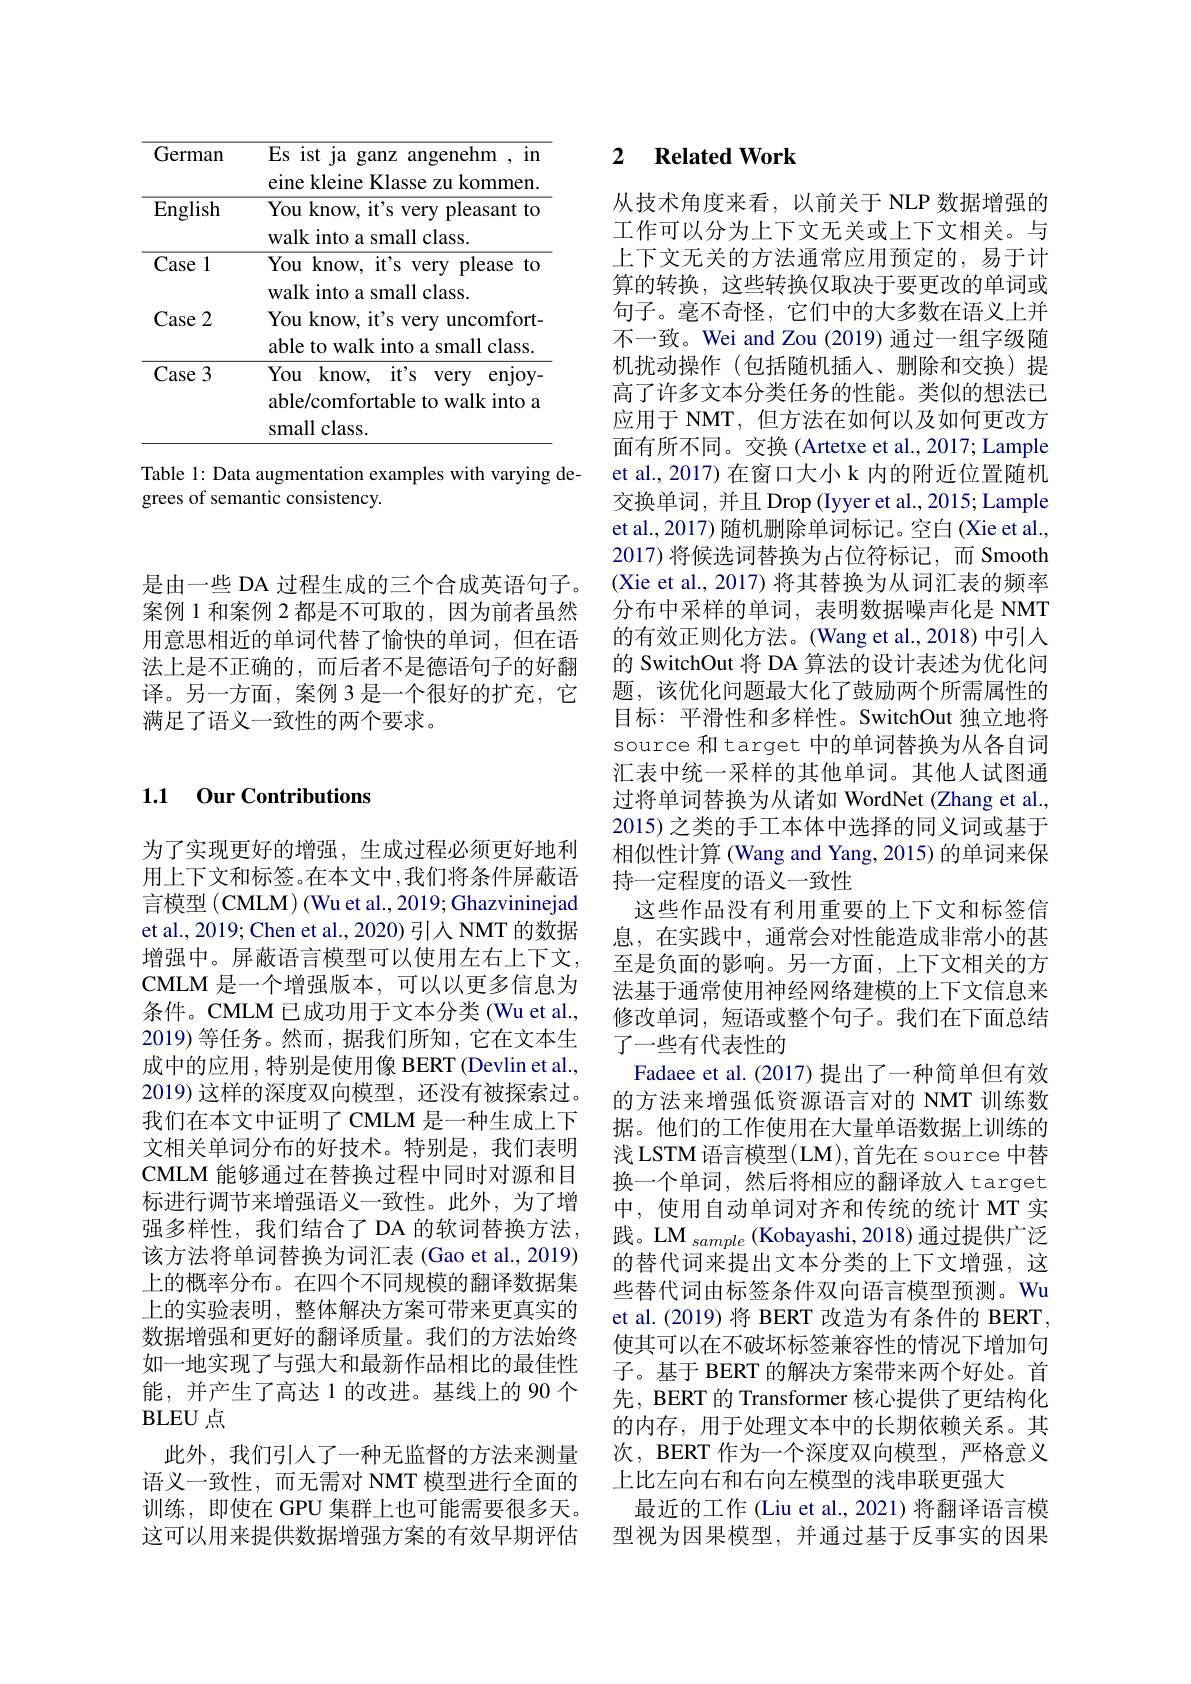
是由一些 DA 过程生成的三个合成英语句子。案例 1 和案例 2 都是不可取的，因为前者虽然用意思相近的单词代替了愉快的单词，但在语法上是不正确的，而后者不是德语句子的好翻译。另一方面，案例 3 是一个很好的扩充，它满足了语义一致性的两个要求。

## 1.1 Our Contributions

为了实现更好的增强，生成过程必须更好地利用上下文和标签。在本文中，我们将条件屏蔽语言模型 (CMLM) (Wu et al., 2019; Ghazvininejad et al., 2019; Chen et al., 2020) 引人 NMT 的数据增强中。屏蔽语言模型可以使用左右上下文， CMLM 是一个增强版本，可以以更多信息为条件。CMLM 已成功用于文本分类 (Wu et al., 2019)等任务。然而，据我们所知，它在文本生成中的应用，特别是使用像 BERT (Devlin et al., 2019) 这样的深度双向模型，还没有被探索过。我们在本文中证明了 CMLM 是一种生成上下文相关单词分布的好技术。特别是，我们表明CMLM 能够通过在替换过程中同时对源和目标进行调节来增强语义一致性。此外，为了增强多样性，我们结合了 DA 的软词替换方法， 该方法将单词替换为词汇表 (Gao et al., 2019) 上的概率分布。在四个不同规模的翻译数据集上的实验表明，整体解决方案可带来更真实的数据增强和更好的翻译质量。我们的方法始终如一地实现了与强大和最新作品相比的最佳性能，并产生了高达 1 的改进。基线上的 90 个BLEU 点
此外，我们引入了一种无监督的方法来测量语义一致性，而无需对 NMT 模型进行全面的训练，即使在 GPU 集群上也可能需要很多天。这可以用来提供数据增强方案的有效早期评估

<table>
	<tbody>
		<tr>
			<th>German</th>
			<th>Es ist ja ganz angenehm , in eine kleine Klasse zu kommen.</th>
		</tr>
		<tr>
			<td>English</td>
			<td>You know, it's very pleasant to n 111 $.{}_{{\boldsymbol{\Lambda}}}$ $a11$ $a|_{n}$</td>
		</tr>
		<tr>
			<td>Case 1</td>
			<td>LOD You know, it's very please to 11</td>
		</tr>
		<tr>
			<td>Case 2</td>
			<td>You know, it's very uncomfort- able to walk into a small class.</td>
		</tr>
		<tr>
			<td>Case 3</td>
			<td>You know, it's very enjoy. $\therefore$ able/comfortable to walk into a small class.</td>
		</tr>
	</tbody>
</table>

Table 1: Data augmentation examples with varying de-
grees of semantic consistency.

### 2 $\textbf{Related Work}$

从技术角度来看，以前关于 NLP 数据增强的工作可以分为上下文无关或上下文相关。与上下文无关的方法通常应用预定的，易于计算的转换，这些转换仅取决于要更改的单词或句子。毫不奇怪，它们中的大多数在语义上并不一致。Wei and Zou (2019) 通过一组字级随机扰动操作 (包括随机插入、删除和交换)提高了许多文本分类任务的性能。类似的想法已应用于 NMT, 但方法在如何以及如何更改方面有所不同。交换 (Artetxe et al., 2017; Lample et al., 2017) 在窗口大小 k 内的附近位置随机交换单词，并且 Drop (Iyyer et al., 2015; Lample et al., 2017) 随机删除单词标记。空白(Xie et al., 2017)将候选词替换为占位符标记，而 Smooth (Xie et al., 2017) 将其替换为从词汇表的频率分布中采样的单词，表明数据噪声化是 NMT 的有效正则化方法。(Wang et al.,2018) 中引入的 SwitchOut 将 DA 算法的设计表述为优化问题，该优化问题最大化了鼓励两个所需属性的目标：平滑性和多样性。SwitchOut 独立地将source 和 target 中的单词替换为从各自词汇表中统一采样的其他单词。其他人试图通过将单词替换为从诸如 WordNet (Zhang et al., 2015) 之类的手工本体中选择的同义词或基于相似性计算 (Wang and Yang, 2015) 的单词来保持一定程度的语义一致性
这些作品没有利用重要的上下文和标签信息，在实践中，通常会对性能造成非常小的甚至是负面的影响。另一方面，上下文相关的方法基于通常使用神经网络建模的上下文信息来修改单词，短语或整个句子。我们在下面总结了一些有代表性的
Fadaee et al.(2017) 提出了一种简单但有效的方法来增强低资源语言对的 NMT 训练数据。他们的工作使用在大量单语数据上训练的浅LSTM 语言模型(LM),首先在 source 中替换一个单词，然后将相应的翻译放人 target 中，使用自动单词对齐和传统的统计 MT 实践。LM $_{sample}$ (Kobayashi,2018) 通过提供广泛的替代词来提出文本分类的上下文增强，这些替代词由标签条件双向语言模型预测。Wu et al.(2019) 将 BERT 改造为有条件的 BERT, 使其可以在不破坏标签兼容性的情况下增加句子。基于 BERT 的解决方案带来两个好处。首先，BERT 的 Transformer 核心提供了更结构化的内存，用于处理文本中的长期依赖关系。其次，BERT 作为一个深度双向模型，严格意义上比左向右和右向左模型的浅串联更强大
最近的工作 (Liu et al., 2021) 将翻译语言模型视为因果模型，并通过基于反事实的因果